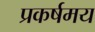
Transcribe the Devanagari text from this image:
प्रकर्षमय